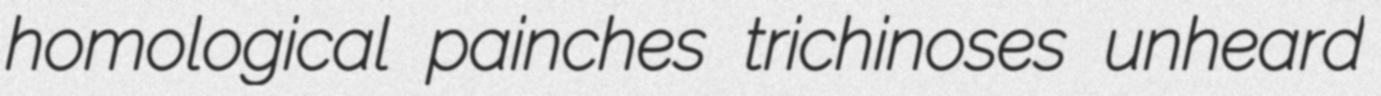
homological painches trichinoses unheard